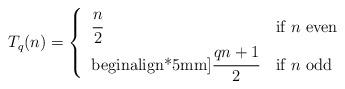
LaTeX: \begin{align*}T_q(n) = \left\{ \begin{tabular}{ll} $\cfrac{n}{2}$ & if $n$ even\\begin{align*}5mm]$\cfrac{qn+1}{2}$ & if $n$ odd \end{tabular} \right.\end{align*}